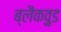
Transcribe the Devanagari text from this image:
ब्लैकव़ुड